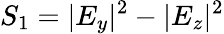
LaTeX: S_{1}=|E_{y}|^{2}-|E_{z}|^{2}